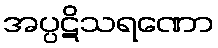
အပ္ပဋိသရဏော